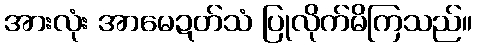
အားလုံး အာမေဍတ်သံ ပြုလိုက်မိကြသည်။